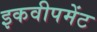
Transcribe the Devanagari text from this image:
इकवीपमेंट